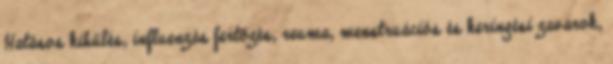
Hatásos kihűlés, influenzás fertőzés, reuma, menstruációs és keringési zavarok,